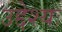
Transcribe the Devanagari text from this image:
उद्देश्यः